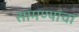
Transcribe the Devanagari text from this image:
सामण्यांचा